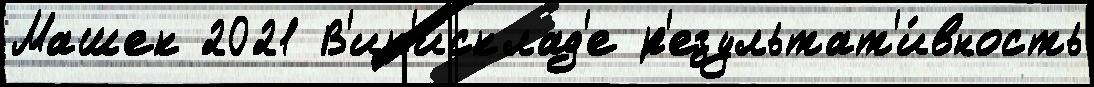
Машек 2021 В'ик'исклад'е р'езультат'и́вность